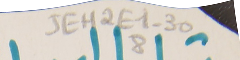
JEH2E1-308